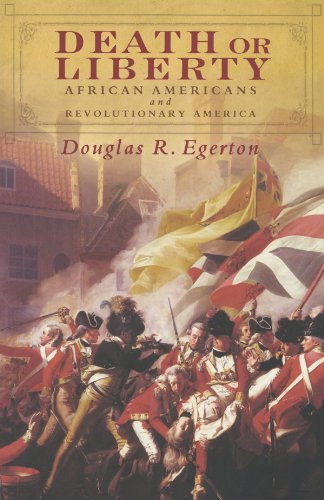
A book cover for Death or Liberty: African Americans and Revolutionary America; Douglas R. Egerton; Literature & Fiction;